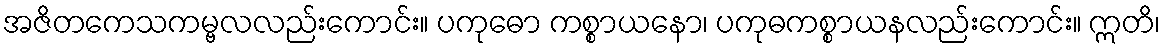
အဇိတကေသကမ္ဗလလည်းကောင်း။ ပကုဓော ကစ္စာယနော၊ ပကုဓကစ္စာယနလည်းကောင်း။ ဣတိ၊